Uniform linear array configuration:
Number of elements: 32
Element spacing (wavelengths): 0.75
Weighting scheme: exponential
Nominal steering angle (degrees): -30
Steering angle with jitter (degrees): -30.462
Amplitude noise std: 0.05
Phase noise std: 0.05

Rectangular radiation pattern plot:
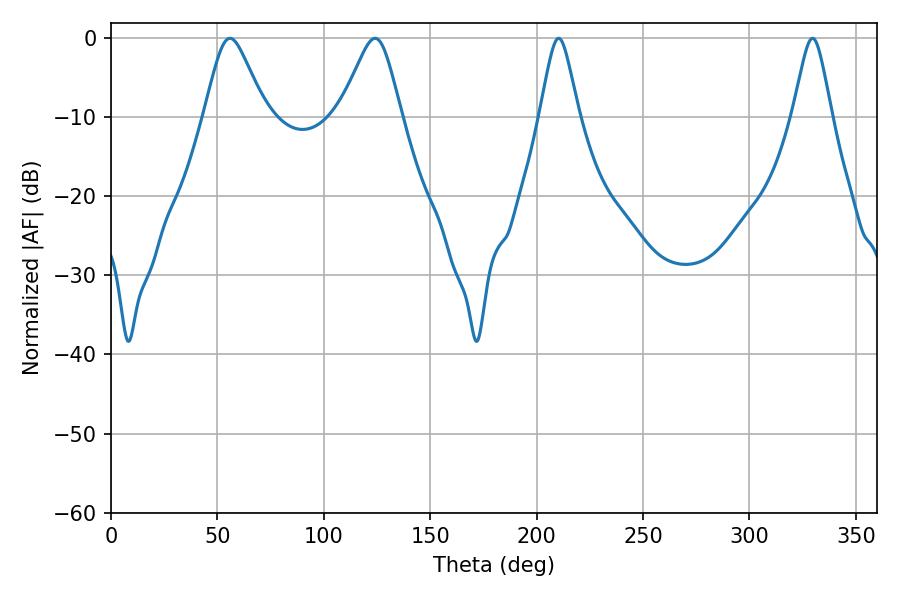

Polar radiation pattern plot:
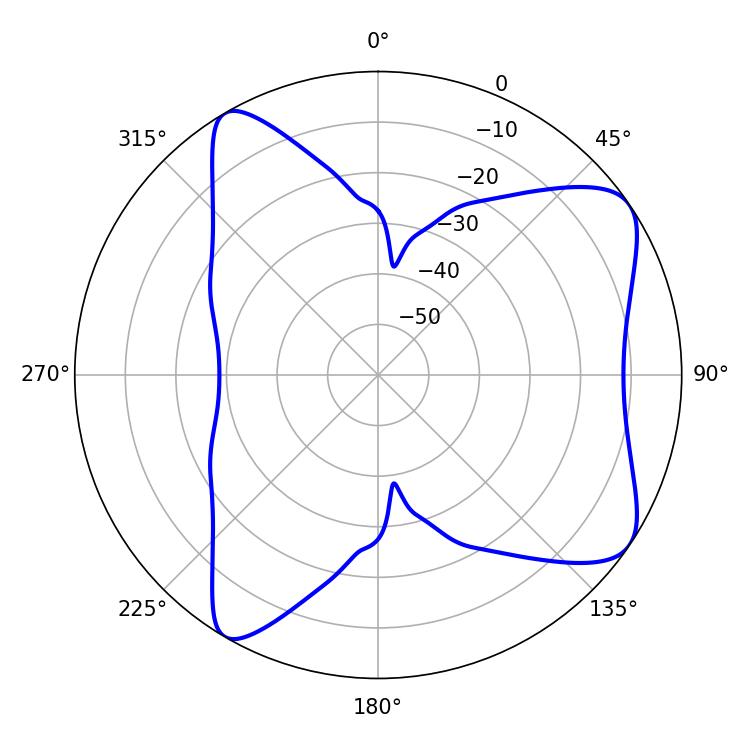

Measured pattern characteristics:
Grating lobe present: TRUE
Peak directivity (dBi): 7.874
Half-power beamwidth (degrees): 13.86
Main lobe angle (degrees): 55.98